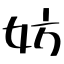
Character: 妨